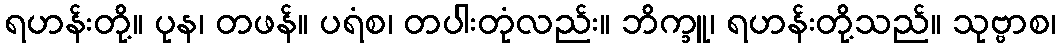
ရဟန်းတို့။ ပုန၊ တဖန်။ ပရံစ၊ တပါးတုံလည်း။ ဘိက္ခူ၊ ရဟန်းတို့သည်။ သုဗ္ဗာစ၊